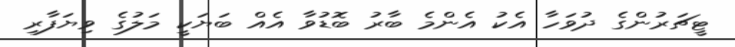
ޓީޗަރުންގެ ދުވަހާ އެކު އެންމެ ބާރު ބޮޑުވާ އެއް ބަޔަކީ މަލުގެ ވިޔަފާރި